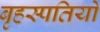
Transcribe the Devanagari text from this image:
बृहस्पतियों